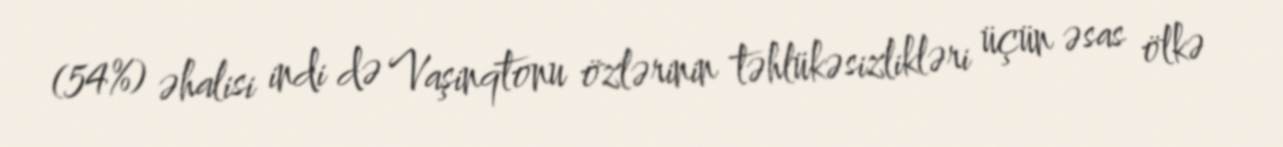
(54%) əhalisi indi də Vaşinqtonu özlərinin təhlükəsizlikləri üçün əsas ölkə